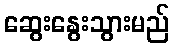
ဆွေးနွေးသွားမည်